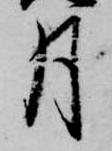
月